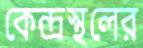
কেন্দ্রস্থলের